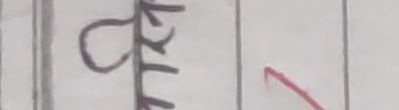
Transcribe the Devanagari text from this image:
ओके